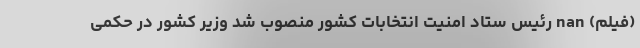
(فیلم) nan رئیس ستاد امنیت انتخابات کشور منصوب شد وزیر کشور در حکمی